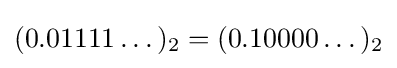
(0.01111\dots )_{2}=(0.10000\dots )_{2}